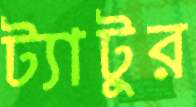
ট্যাটুর